Annual returns of the Patna Lunatic Asylum at Bankipore in Bihar and Orissa - 1912-1924
Year: 1912
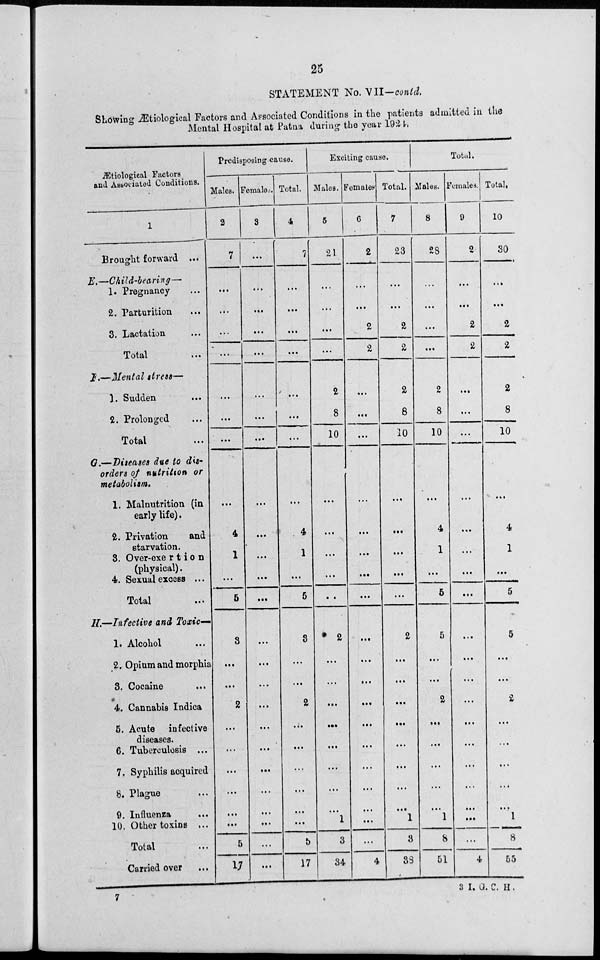
25
STATEMENT No.VII-conld.
Showing Ætiological Factors and Associated Conditions in the patients admitted in the
Mental Hospital at Patna during the year 1924.
Ætiological Factors
and Associated Conditions.
1
Brought forward ...
E.—Child-bearing—
1. Pregnancy ...
2. Parturition ...
3. Lactation ...
Total ...
F.—Mental stress—
1. Sudden ...
2. Prolonged ...
Total ...
G.—Diseases due to dis-
orders of nutrition or
metabolism.
1. Malnutrition (in
early life).
2. Privation
and
starvation.
3. Over-exertion
(physical).
4. Sexual excess ...
Total ...
H.—Infective and Toxic-
1. Alcohol ...
2. Opium and morphia
3. Cocaine ...
4. Cannabis Indica ...
5. Acute infective
diseases.
6. Tuberculosis ...
7, Syphilis acquired
8. Plague ...
9. Influenza ...
10. Other toxins ...
Total ...
Carried over ...
Predisposing cause.
Males.
2
7
...
...
...
...
...
...
...
...
4
1
...
5
8
...
...
2
...
...
...
...
...
...
5
17
Females
3
...
...
...
...
...
...
...
...
...
...
...
...
...
...
...
...
...
...
...
...
...
...
...
...
...
Total.
4
7
...
...
...
...
...
...
...
...
4
1
...
5
8
...
...
2
...
...
...
...
...
...
5
17
Exciting cause.
Males.
5
21
...
...
...
...
2
8
10
...
...
...
...
...
2
...
...
...
...
...
...
...
... 1
3
34
Females
6
2
...
...
2
2
...
...
...
...
...
...
...
...
...
...
...
...
...
...
...
...
...
...
...
4
Total.
7
23
...
...
2
2
2
8
10
...
...
...
...
...
2
...
...
...
...
...
...
...
... 1
3
38
Total.
Males.
8
28
...
...
...
...
2
8
10
...
4
1
...
5
5
...
...
2
...
...
...
...
... 1
8
51
Females.
9
2
...
...
2
2
...
...
...
...
...
...
...
...
...
...
...
...
...
...
...
...
...
...
...
4
Total.
10
30
...
...
2
2
2
8
10
...
4
1
...
5
5
...
...
2
...
...
...
...
...
1
8
55
7
3 I. G. C. H.